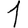
Digit: 1